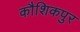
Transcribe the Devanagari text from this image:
कौशिकपुर